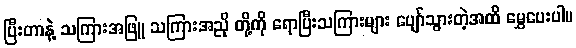
ပြီးတာနဲ့ သကြားအဖြူ သကြားအညို တို့ကို ရောပြီးသကြားများ ပျော်သွားတဲ့အထိ မွှေပေးပါ။